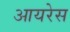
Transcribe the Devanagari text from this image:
आयरेस